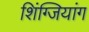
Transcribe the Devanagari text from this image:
शिंग्जियांग